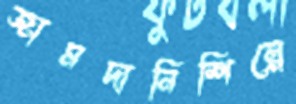
জামদানিশিল্পে